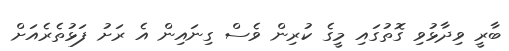
ބާރީ ވިދާޅުވި ގޮތުގައި މީގެ ކުރިން ވެސް ގިނައިން އެ ރަށު ފަޅުތެރެއަށް